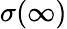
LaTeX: \sigma(\infty)